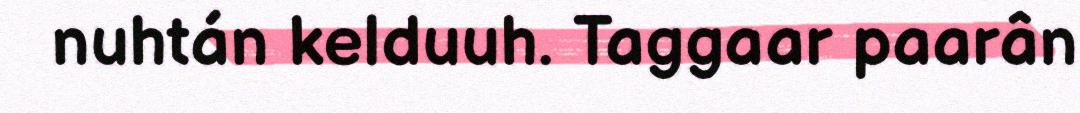
nuhtán kelduuh. Taggaar paarân